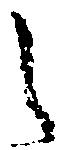
之